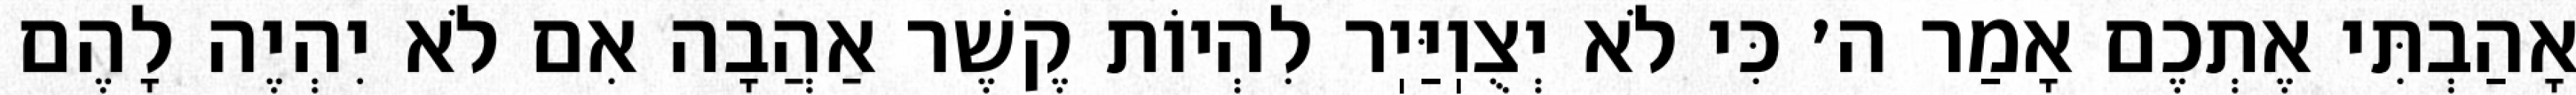
אָהַבְתִּי אֶתְכֶם אָמַר ה׳ כִּי לֹא יְצֻוֽיַּיֽר לִהְיוֹת קֶשֶׁר אַהֲבָה אִם לֹא יִהְיֶה לָהֶם